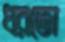
ধরতো